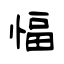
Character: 愊